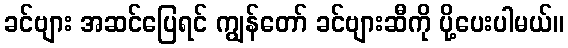
ခင်ဗျား အဆင်ပြေရင် ကျွန်တော် ခင်ဗျားဆီကို ပို့ပေးပါမယ်။